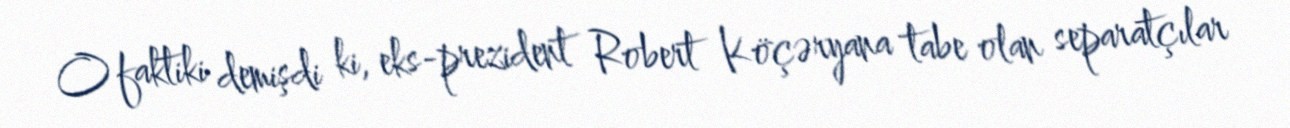
O faktiki demişdi ki, eks-prezident Robert Köçəryana tabe olan separatçılar